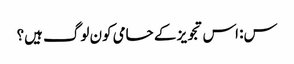
س: اس تجویز کے حامی کون لوگ ہیں؟